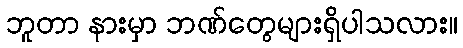
ဘူတာ နားမှာ ဘဏ်တွေများရှိပါသလား။